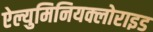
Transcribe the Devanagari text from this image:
ऐल्युमिनियक्लोराइड